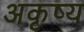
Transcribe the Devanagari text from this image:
अकृष्य